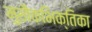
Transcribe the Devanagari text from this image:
मुखैकभिक्तिका